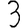
Digit: 3